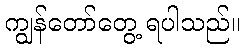
ကျွန်တော်တွေ့ ရပါသည်။